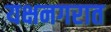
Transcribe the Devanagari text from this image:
यक्षनगरात